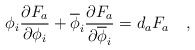
\begin{align*}\phi_{i}{{\partial F_a}\over{\partial\phi_i}} + \overline{\phi}_{i} {{\partial F_a}\over{\partial\overline\phi_i}} = d_a F_a\quad, \end{align*}